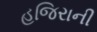
હજિરાની